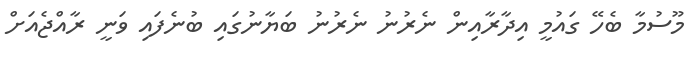
މޫސުމާ ބެހޭ ގައުމީ އިދާރާއިން ނެރުނު ނެރުނު ބަޔާނުގައި ބުނެފައި ވަނީ ރާއްޖެއަށް